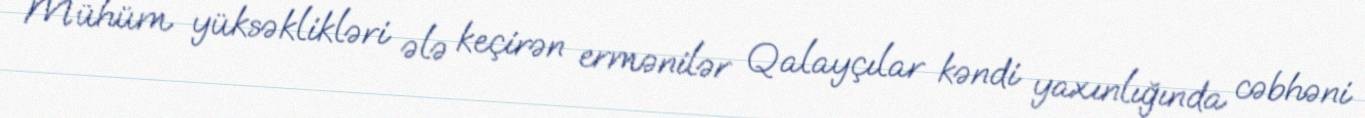
Mühüm yüksəklikləri ələ keçirən ermənilər Qalayçılar kəndi yaxınlığında cəbhəni